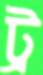
ট্র